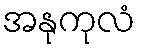
အနုကုလံ